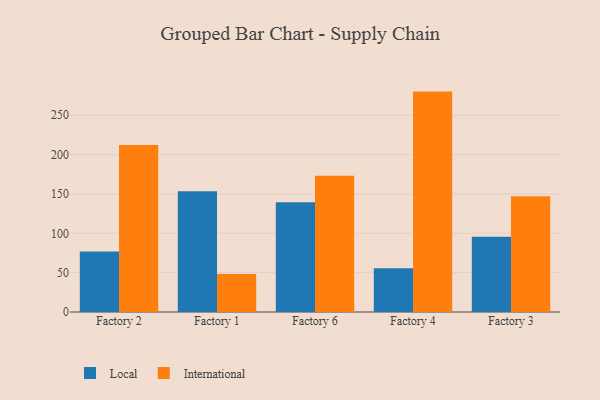
{"axis": {"x": "Factory", "y": "Demand Index"}, "legend": ["International", "Local"], "data": [{"x": "Factory 2", "y": 76.8, "type": "Local"}, {"x": "Factory 2", "y": 212.2, "type": "International"}, {"x": "Factory 1", "y": 153.4, "type": "Local"}, {"x": "Factory 1", "y": 48.3, "type": "International"}, {"x": "Factory 6", "y": 139.4, "type": "Local"}, {"x": "Factory 6", "y": 173.0, "type": "International"}, {"x": "Factory 4", "y": 55.5, "type": "Local"}, {"x": "Factory 4", "y": 280.1, "type": "International"}, {"x": "Factory 3", "y": 95.7, "type": "Local"}, {"x": "Factory 3", "y": 147.1, "type": "International"}]}